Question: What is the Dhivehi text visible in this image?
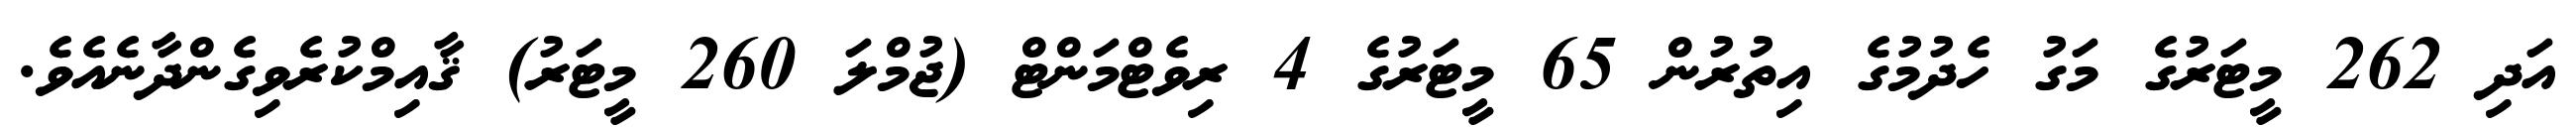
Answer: އަދި 262 މީޓަރުގެ މަގު ހެދުމުގެ އިތުރުން 65 މީޓަރުގެ 4 ރިވެޓްމަންޓް (ޖުމްލަ 260 މީޓަރު) ޤާއިމްކުރެވިގެންދާނެއެވެ.